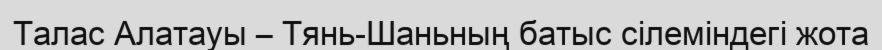
Талас Алатауы – Тянь-Шаньның батыс сілеміндегі жота